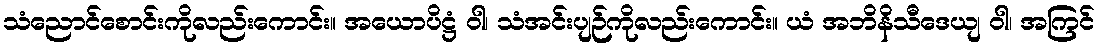
သံညောင်စောင်းကိုလည်းကောင်း။ အယောပိဋ္ဌံ ဝါ၊ သံအင်းပျဉ်ကိုလည်းကောင်း။ ယံ အဘိနိသီဒေယျ ဝါ၊ အကြင်